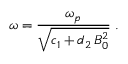
\omega = \frac { \omega _ { p } } { \sqrt { c _ { 1 } + d _ { 2 } \, B _ { 0 } ^ { 2 } } } \; .